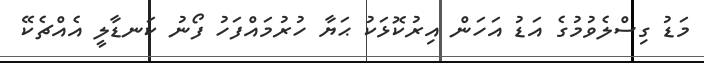
މަޑު ގިސްލެވުމުގެ އަޑު އަހަން އިރުކޮޅަކު ޙަޔާ ހުރުމައްފަހު ފޯނު ކަނޑާލީ އެއްޗެކޭ